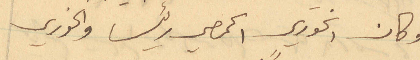
وكان الخوري الحمصي رئيسا والخوري